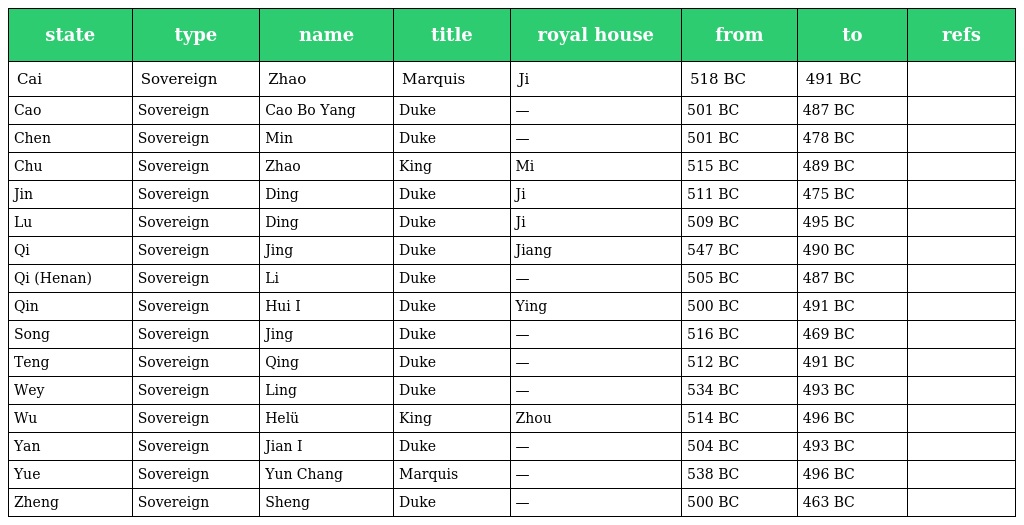
| state | type | name | title | royal house | from | to | refs |
 | --- | --- | --- | --- | --- | --- | --- | --- |
 | Cai | Sovereign | Zhao | Marquis | Ji | 518 BC | 491 BC |  |
 | Cao | Sovereign | Cao Bo Yang | Duke | — | 501 BC | 487 BC |  |
 | Chen | Sovereign | Min | Duke | — | 501 BC | 478 BC |  |
 | Chu | Sovereign | Zhao | King | Mi | 515 BC | 489 BC |  |
 | Jin | Sovereign | Ding | Duke | Ji | 511 BC | 475 BC |  |
 | Lu | Sovereign | Ding | Duke | Ji | 509 BC | 495 BC |  |
 | Qi | Sovereign | Jing | Duke | Jiang | 547 BC | 490 BC |  |
 | Qi (Henan) | Sovereign | Li | Duke | — | 505 BC | 487 BC |  |
 | Qin | Sovereign | Hui I | Duke | Ying | 500 BC | 491 BC |  |
 | Song | Sovereign | Jing | Duke | — | 516 BC | 469 BC |  |
 | Teng | Sovereign | Qing | Duke | — | 512 BC | 491 BC |  |
 | Wey | Sovereign | Ling | Duke | — | 534 BC | 493 BC |  |
 | Wu | Sovereign | Helü | King | Zhou | 514 BC | 496 BC |  |
 | Yan | Sovereign | Jian I | Duke | — | 504 BC | 493 BC |  |
 | Yue | Sovereign | Yun Chang | Marquis | — | 538 BC | 496 BC |  |
 | Zheng | Sovereign | Sheng | Duke | — | 500 BC | 463 BC |  |